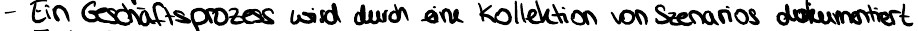
- Ein Geschäftsprozess wird durch eine Kollektion von Szenarios dokumentiert